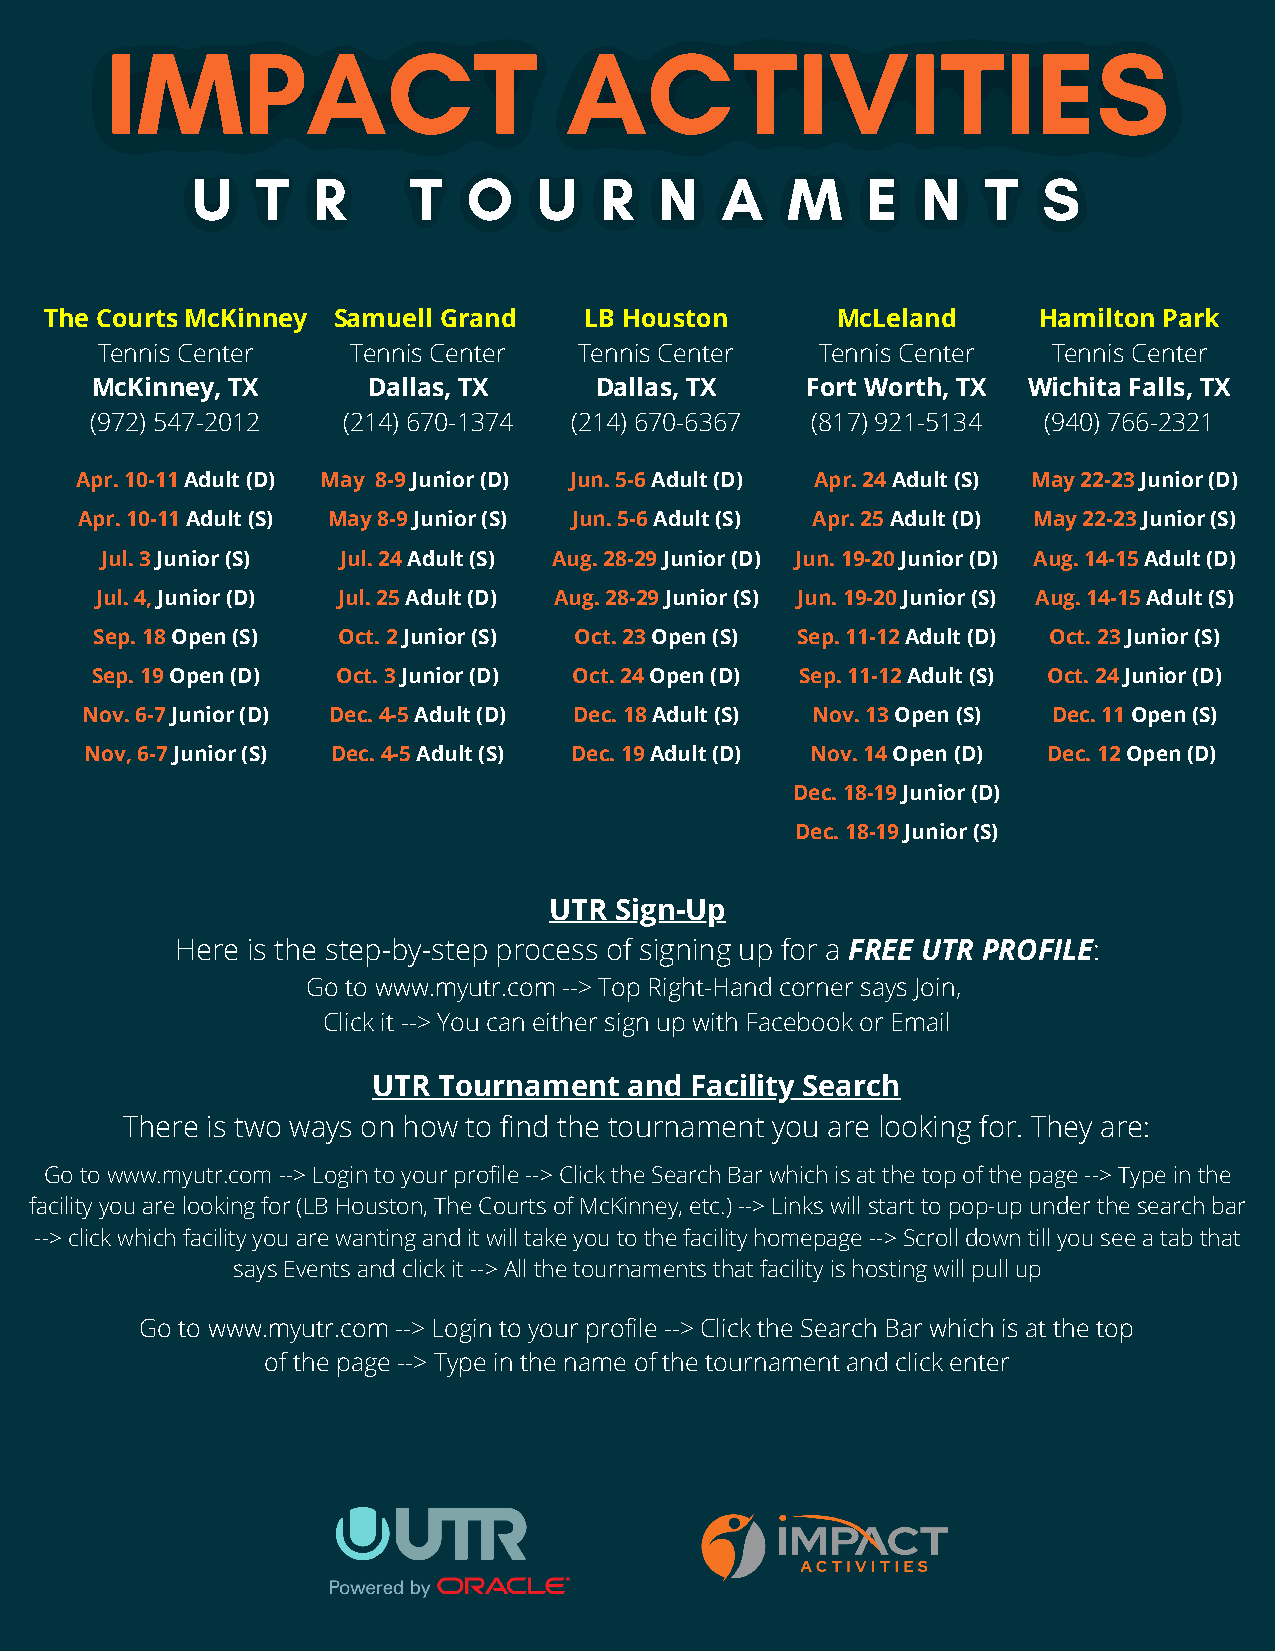
IIMMPPAACCTT                  AACCTTIIVVIITTIIEESS
 UU  TT  RR    TT  OO   UU  RR  NN  AA  MM   EE  NN  TT  SS
 The Courts McKinney Samuell Grand   LB Houston      McLeland      Hamilton Park
 Tennis Center    Tennis Center  Tennis Center   Tennis Center   Tennis Center
 McKinney, TX      Dallas, TX     Dallas, TX    Fort Worth, TX Wichita Falls, TX
 (972) 547-2012   (214) 670-1374 (214) 670-6367  (817) 921-5134 (940) 766-2321
 Apr. 10-11 Adult (D) May 8-9 Junior (D) Jun. 5-6 Adult (D) Apr. 24 Adult (S) May 22-23 Junior (D)
 Apr. 10-11 Adult (S) May 8-9 Junior (S) Jun. 5-6 Adult (S) Apr. 25 Adult (D) May 22-23 Junior (S)
 Jul. 3 Junior (S) Jul. 24 Adult (S) Aug. 28-29 Junior (D) Jun. 19-20 Junior (D) Aug. 14-15 Adult (D)
 Jul. 4, Junior (D) Jul. 25 Adult (D) Aug. 28-29 Junior (S) Jun. 19-20 Junior (S) Aug. 14-15 Adult (S)
 Sep. 18 Open (S) Oct. 2 Junior (S) Oct. 23 Open (S) Sep. 11-12 Adult (D) Oct. 23 Junior (S)
 Sep. 19 Open (D) Oct. 3 Junior (D) Oct. 24 Open (D) Sep. 11-12 Adult (S) Oct. 24 Junior (D)
 Nov. 6-7 Junior (D) Dec. 4-5 Adult (D) Dec. 18 Adult (S) Nov. 13 Open (S) Dec. 11 Open (S)
 Nov, 6-7 Junior (S) Dec. 4-5 Adult (S) Dec. 19 Adult (D) Nov. 14 Open (D) Dec. 12 Open (D)
 Dec. 18-19 Junior (D)
 Dec. 18-19 Junior (S)
 UTR  Sign-Up
 Here is the step-by-step process of signing up for a FREE UTR PROFILE:
 Go to www.myutr.com --> Top Right-Hand corner says Join,
 Click it --> You can either sign up with Facebook or Email
 UTR Tournament   and Facility Search
 There is two ways on how to find the tournament you are looking for. They are:
 Go to www.myutr.com --> Login to your profile --> Click the Search Bar which is at the top of the page --> Type in the
 facility you are looking for (LB Houston, The Courts of McKinney, etc.) --> Links will start to pop-up under the search bar
 --> click which facility you are wanting and it will take you to the facility homepage --> Scroll down till you see a tab that
 says Events and click it --> All the tournaments that facility is hosting will pull up
 Go to www.myutr.com --> Login to your profile --> Click the Search Bar which is at the top
 of the page --> Type in the name of the tournament and click enter